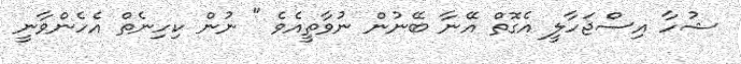
ޝުހާ އިސްޖަހާލީ އެގޮތް އޭނާ ބޭނުން ނުވާތީއެވެ " ނުން ކިހިނެތް އެހެންވާނީ